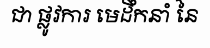
ជា ផ្លូវការ មេដឹកនាំ នៃ